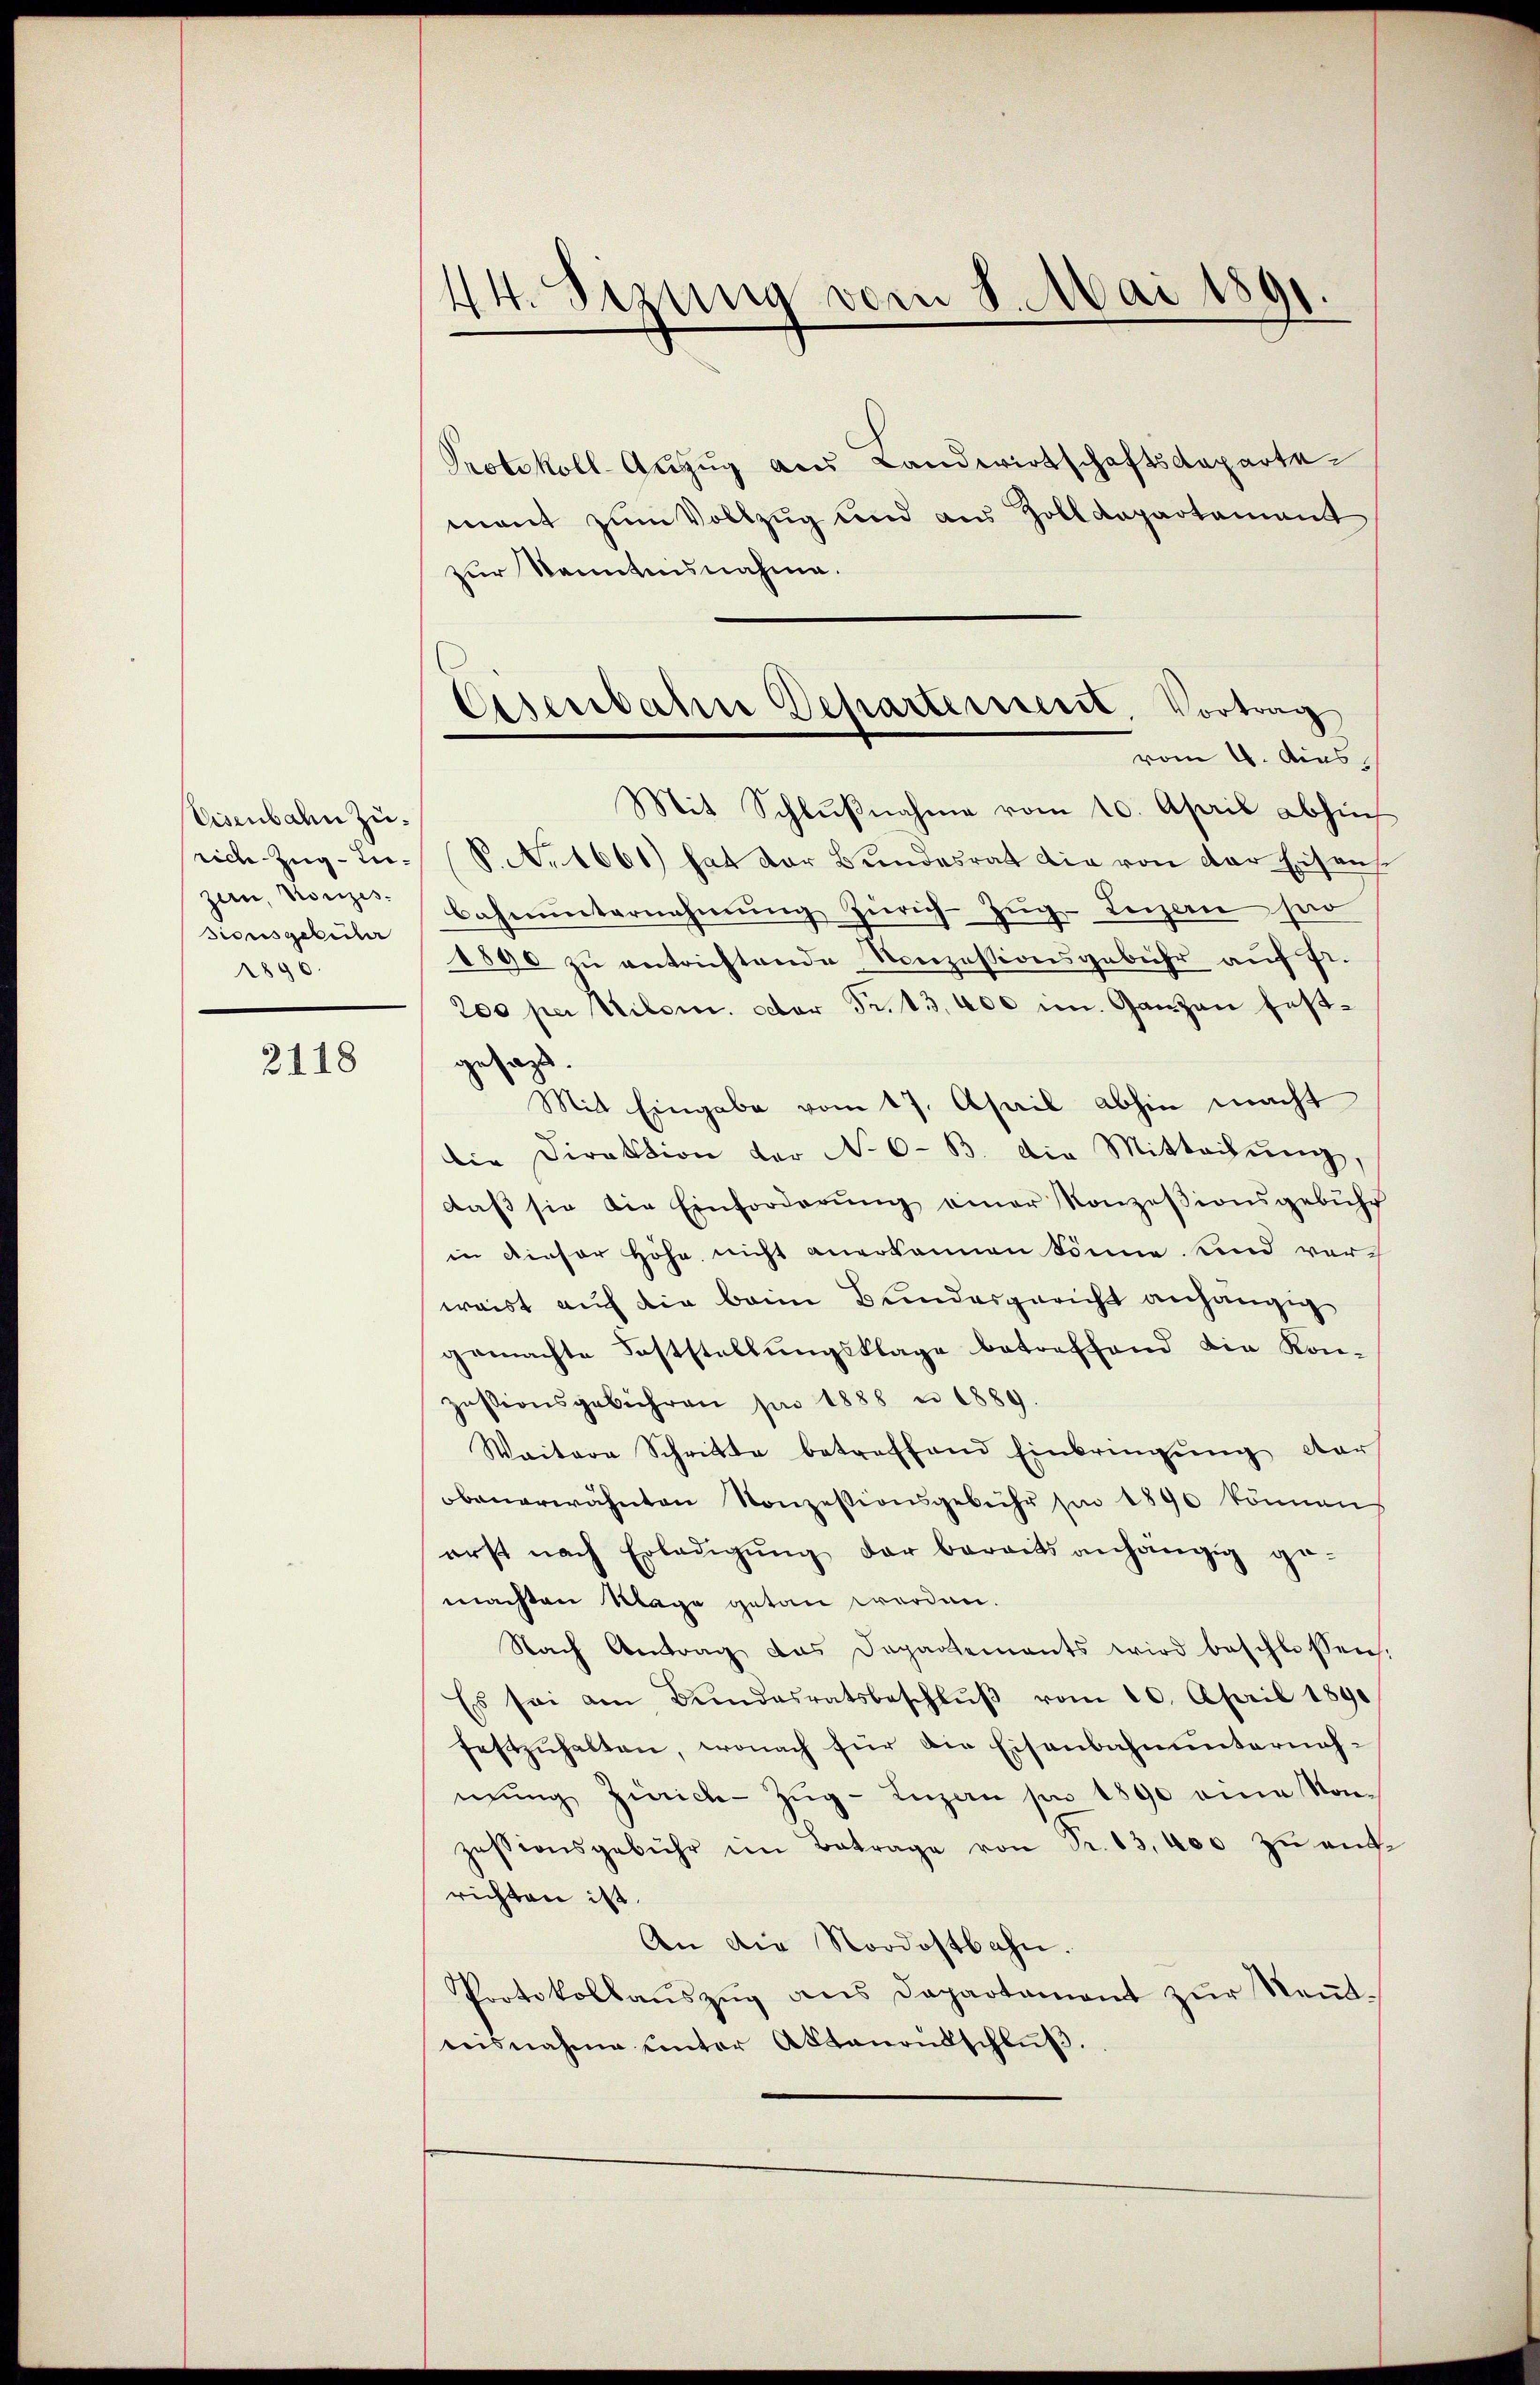
Eisenbahn zurich Zug-Inzern, Konzes.
sionsgebücher
1890.

2118

44. Sizung vom 8. Mai 1891.

Eisenbahne Departerrect. Vortrag
vom 4. Aus

Protokoll-Auzug aus Landwirtschaftsdeparte
mant zum Vollzug und aus Zolldepartement
zur Kenntnisnahme.
Mit Schlußnahme vom 10. April abhin
S. Nr. 1661) hat der Bundesrat die von der Eisenh
bahnŭnternehmŭng Zürich-Zŭg-Leizen ser
1890 zŭ entrichtende Nonzessionsgebühr aŭf fr.
200 per Vilom. octor Fr. 13,000 im Ganzen festgesagt.
Mit Eingabe vom 17. April abhin macht
die Direktion der No 6. B. die Mitteilung,
daß sie die Einforderung einer Konzessionsgebühr
in dieser Höhe nicht anerkannen könne und ver-
waist auf die beim Bundesgericht anhängig
gemachte Feststellungsklage betreffend die Kon-
zŭstionsgebühren pro 1888 n 1889.
Waitere Schritte betreffend Einbringŭng dar
obenerwähnten Konzessionsgebühr sie 1890 können
erst nach Erledigŭng der bereits anhängig ge-
machten Klage getan werden.
Nach Antrag das Departements wird beschlossen.
Es sei am Bundesratsbeschlŭβ vom 10. April 1890
festzuhalten, wonach für die Eisenbahnunternahmŭng Zürich-Zŭg-Luzan pro 1890 eine Konzessionsgebühr im Betrage von Fr. 13,000 zŭ ent-
richten ist.
An die Nordostbahn.
Protokollaŭszŭg ans Departament zŭr Neṅt-
nisnahme unter Aktanonsschlŭβ.